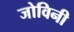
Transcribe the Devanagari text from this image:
जोविनी